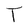
Character: T